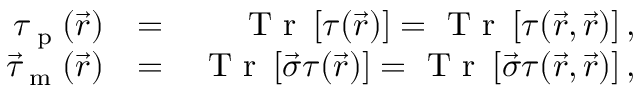
\begin{array} { r l r } { \tau _ { \textrm { p } } ( \vec { r } ) } & { = } & { \textrm { T r } \left[ \boldsymbol { \tau } ( \vec { r } ) \right] = \textrm { T r } \left[ \boldsymbol { \tau } ( \vec { r } , \vec { r } ) \right] , } \\ { \vec { \tau } _ { \textrm { m } } ( \vec { r } ) } & { = } & { \textrm { T r } \left[ \vec { \boldsymbol { \sigma } } \boldsymbol { \tau } ( \vec { r } ) \right] = \textrm { T r } \left[ \vec { \boldsymbol { \sigma } } \boldsymbol { \tau } ( \vec { r } , \vec { r } ) \right] , } \end{array}